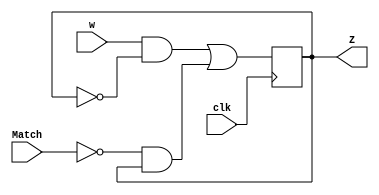
module StateMachine(w,clk,Match,Z);
	input w, clk, Match;
	output reg Z;
	//Declare inputs and outputs.
	
	reg a, b;
	//Declare the two registers
	
	initial
		Z = 0;
	//initialize Z to 0.
	
	always@(posedge clk) begin
		a = w & ~Z;
		b = ~Match & Z;
		Z = a | b;
	end
	//Assign values based on the
	//state machine designed to
	//control Z based on the inputs.
	
endmodule